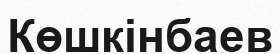
Көшкінбаев